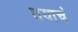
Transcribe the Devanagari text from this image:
तयाचं